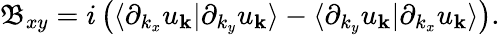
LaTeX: \mathfrak{B}_{xy}=i\left(\langle\partial_{k_{x}}u_{\mathbf{k}}|\partial_{k_{y}}u_{\mathbf{k}}\rangle-\langle\partial_{k_{y}}u_{\mathbf{k}}|\partial_{k_{x}}u_{\mathbf{k}}\rangle\right).